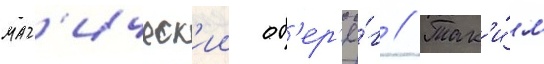
маг'ическ'ии об'ер'ё́г // Так'и́м